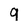
Character: 9